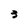
Character: 3